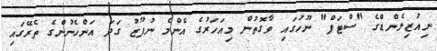
ނިއުޒިލެންޑްގެ "ސްޓަފް" ނޫހުގައި ވާގޮތުން މިއަހަރުގެ އެންމެ ނުފޫޒު ގަދަ އަންހެނުންގެ ތެރޭގައި